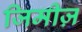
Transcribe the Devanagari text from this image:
जिमीज़